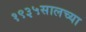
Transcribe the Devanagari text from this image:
१९३५सालच्या